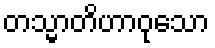
တသ္မာတိဟာဝုသော